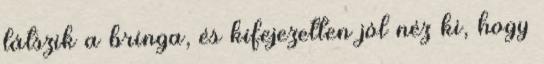
látszik a bringa, és kifejezetten jól néz ki, hogy